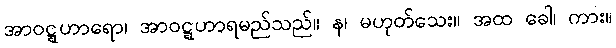
အာဝဋ္ဋဟာရော၊ အာဝဋ္ဋဟာရမည်သည်။ န၊ မဟုတ်သေး။ အထ ခေါ၊ ကား။